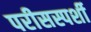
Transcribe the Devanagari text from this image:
परीसस्पर्शी